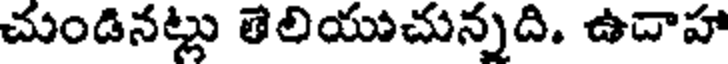
చుండినట్లు తెలియుచున్నది. ఉదాహా